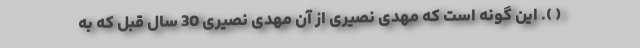
( ). این گونه است که مهدی نصیری از آن مهدی نصیریِ 30 سال قبل که به